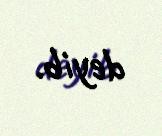
deyib.